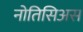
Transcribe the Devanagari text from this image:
नोतिसिअस